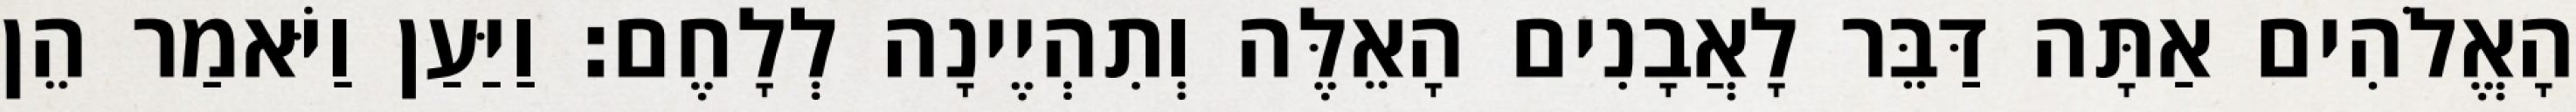
הָאֱלֹהִים אַתָּה דַּבֵּר לָאֲבָנִים הָאֵלֶּה וְתִהְיֶינָה לְלָחֶם׃ וַיַּעַן וַיֹּאמַר הֵן